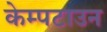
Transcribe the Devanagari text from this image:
केम्पटाउन